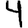
Digit: 4